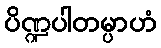
ပိဏ္ဍပါတမ္ပာဟံ